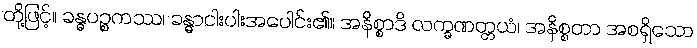
တို့ဖြင့်။ ခန္ဓပဉ္စကဿ၊ ခန္ဓာငါးပါးအပေါင်း၏။ အနိစ္စာဒိ လက္ခဏတ္တယံ၊ အနိစ္စတာ အစရှိသော